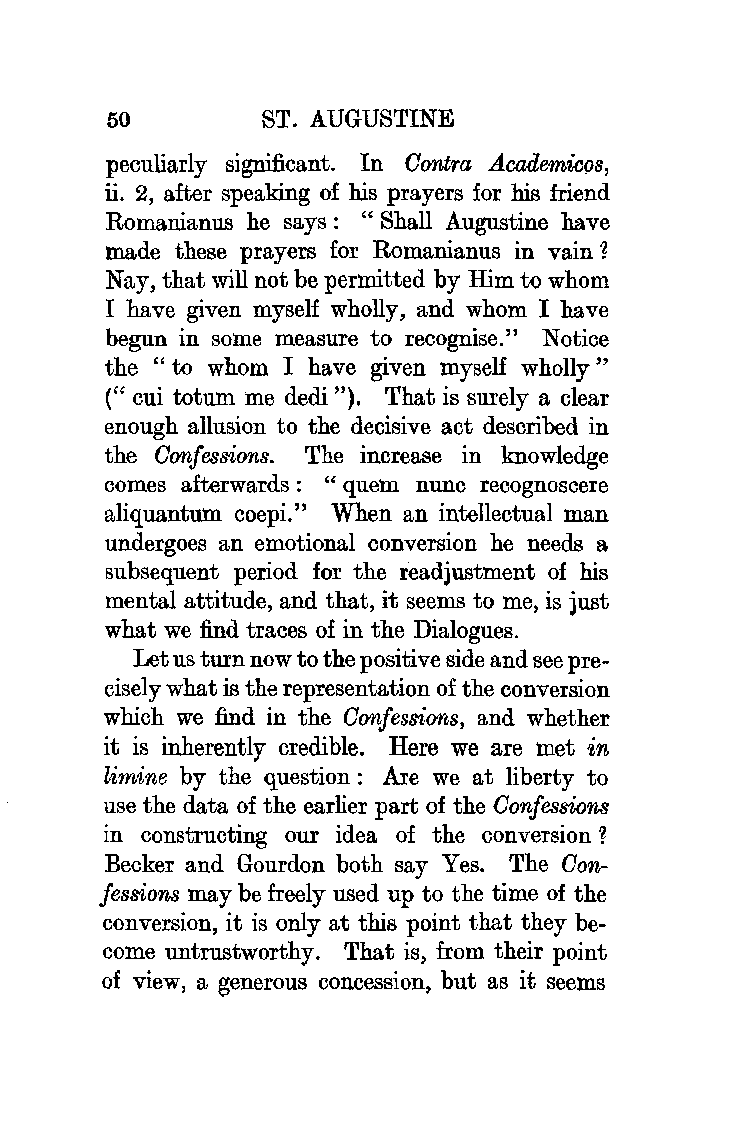
50         ST. AUGUSTINE
 peculiarly significant. In Contra .Academicos,
 ii. 2, after speaking of his prayers for his friend
 Romanianus he says: "Shall Augustine have
 made these prayers for Romanianus in vain 1
 Nay, that will not be permitted by Him to whom
 I have given myself wholly, and whom I have
 begun in some measure to recognise." Notice
 the "to whom I have given myself wholly"
 (" cui totum me dedi "). That is surely a clear
 enough allusion to the decisive act described in
 the Confessions. The increase in knowledge
 comes afterwards : " quern nunc recognoscere
 aliquantum coepi." When an intellectual man
 undergoes an emotional conversion he needs a
 subsequent period for the readjustment of his
 mental attitude, and that, it seems to me, is just
 what we find traces of in the Dialogues.
 Let us turn now to the positive side and see pre
 cisely what is the representation of the conversion
 which we find in the Confessions, and whether
 it is inherently credible. Here we are met in
 limine by the question: Are we at liberty to
 use the data of the earlier part of the Confessions
 in constructing our idea of the conversion 1
 Becker and Gourdon both say Yes. The Con
 fessions may be freely used up to the time of the
 conversion, it is only at this point that they be
 come untrustworthy. That is, from their point
 of view, a generous concession, but as it seems